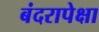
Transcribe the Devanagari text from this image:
बंदरापेक्षा